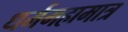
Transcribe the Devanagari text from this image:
धर्ममहामात्र